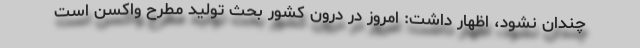
چندان نشود، اظهار داشت: امروز در درون کشور بحث تولید مطرح واکسن است